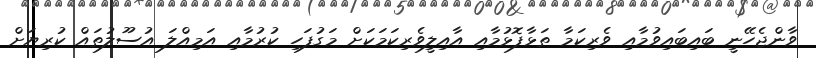
ވާންޖެހޭނީ ބައިބައިވުމާއި ވެރިކަމާ ތަޅާފޮޅުމާއި އާއިލީވެރިކަމަކަށް މަގުފަހި ކުރުމާއި އަމިއްލަ އުސޫލުތައް ކުރިޔަށް